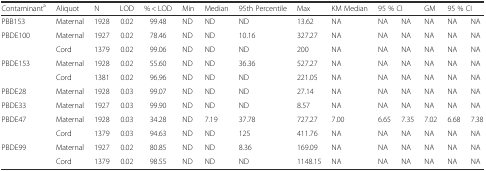
<table><thead><tr><td><b>Contaminant<sup>a</sup></b></td><td><b>Aliquot</b></td><td><b>N</b></td><td><b>LOD</b></td><td><b>% &lt; LOD</b></td><td><b>Min</b></td><td><b>Median</b></td><td><b>95th Percentile</b></td><td><b>Max</b></td><td><b>KM Median</b></td><td colspan="2"><b>95 % CI</b></td><td><b>GM</b></td><td colspan="2"><b>95 % CI</b></td></tr></thead><tbody><tr><td>PBB153</td><td>Maternal</td><td>1928</td><td>0.02</td><td>99.48</td><td>ND</td><td>ND</td><td>ND</td><td>13.62</td><td>NA</td><td>NA</td><td>NA</td><td>NA</td><td>NA</td><td>NA</td></tr><tr><td rowspan="2">PBDE100</td><td>Maternal</td><td>1927</td><td>0.02</td><td>78.46</td><td>ND</td><td>ND</td><td>10.16</td><td>327.27</td><td>NA</td><td>NA</td><td>NA</td><td>NA</td><td>NA</td><td>NA</td></tr><tr><td>Cord</td><td>1379</td><td>0.02</td><td>99.06</td><td>ND</td><td>ND</td><td>ND</td><td>200</td><td>NA</td><td>NA</td><td>NA</td><td>NA</td><td>NA</td><td>NA</td></tr><tr><td rowspan="2">PBDE153</td><td>Maternal</td><td>1928</td><td>0.02</td><td>55.60</td><td>ND</td><td>ND</td><td>36.36</td><td>527.27</td><td>NA</td><td>NA</td><td>NA</td><td>NA</td><td>NA</td><td>NA</td></tr><tr><td>Cord</td><td>1381</td><td>0.02</td><td>96.96</td><td>ND</td><td>ND</td><td>ND</td><td>221.05</td><td>NA</td><td>NA</td><td>NA</td><td>NA</td><td>NA</td><td>NA</td></tr><tr><td>PBDE28</td><td>Maternal</td><td>1928</td><td>0.03</td><td>99.07</td><td>ND</td><td>ND</td><td>ND</td><td>27.14</td><td>NA</td><td>NA</td><td>NA</td><td>NA</td><td>NA</td><td>NA</td></tr><tr><td>PBDE33</td><td>Maternal</td><td>1927</td><td>0.03</td><td>99.90</td><td>ND</td><td>ND</td><td>ND</td><td>8.57</td><td>NA</td><td>NA</td><td>NA</td><td>NA</td><td>NA</td><td>NA</td></tr><tr><td rowspan="2">PBDE47</td><td>Maternal</td><td>1928</td><td>0.03</td><td>34.28</td><td>ND</td><td>7.19</td><td>37.78</td><td>727.27</td><td>7.00</td><td>6.65</td><td>7.35</td><td>7.02</td><td>6.68</td><td>7.38</td></tr><tr><td>Cord</td><td>1379</td><td>0.03</td><td>94.63</td><td>ND</td><td>ND</td><td>125</td><td>411.76</td><td>NA</td><td>NA</td><td>NA</td><td>NA</td><td>NA</td><td>NA</td></tr><tr><td rowspan="2">PBDE99</td><td>Maternal</td><td>1927</td><td>0.02</td><td>80.85</td><td>ND</td><td>ND</td><td>8.36</td><td>169.09</td><td>NA</td><td>NA</td><td>NA</td><td>NA</td><td>NA</td><td>NA</td></tr><tr><td>Cord</td><td>1379</td><td>0.02</td><td>98.55</td><td>ND</td><td>ND</td><td>ND</td><td>1148.15</td><td>NA</td><td>NA</td><td>NA</td><td>NA</td><td>NA</td><td>NA</td></tr></tbody></table>